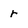
Character: r